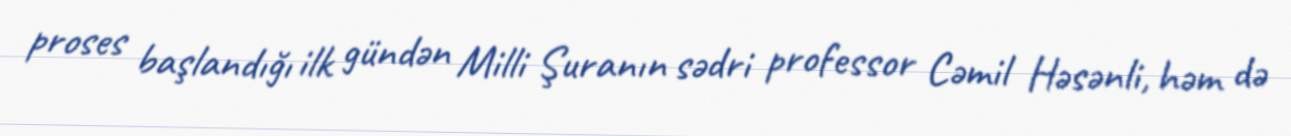
proses başlandığı ilk gündən Milli Şuranın sədri professor Cəmil Həsənli, həm də